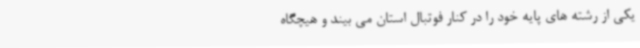
یکی از رشته های پایه خود را در کنار فوتبال استان می بیند و هیچگاه